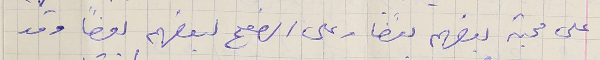
على محبة بعضهم بعضًا وعلى الصفح لبعضهم بعضًا وقد